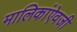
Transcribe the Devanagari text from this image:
मालिकांऐवजी